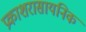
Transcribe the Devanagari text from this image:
प्रकाशरासायनिक